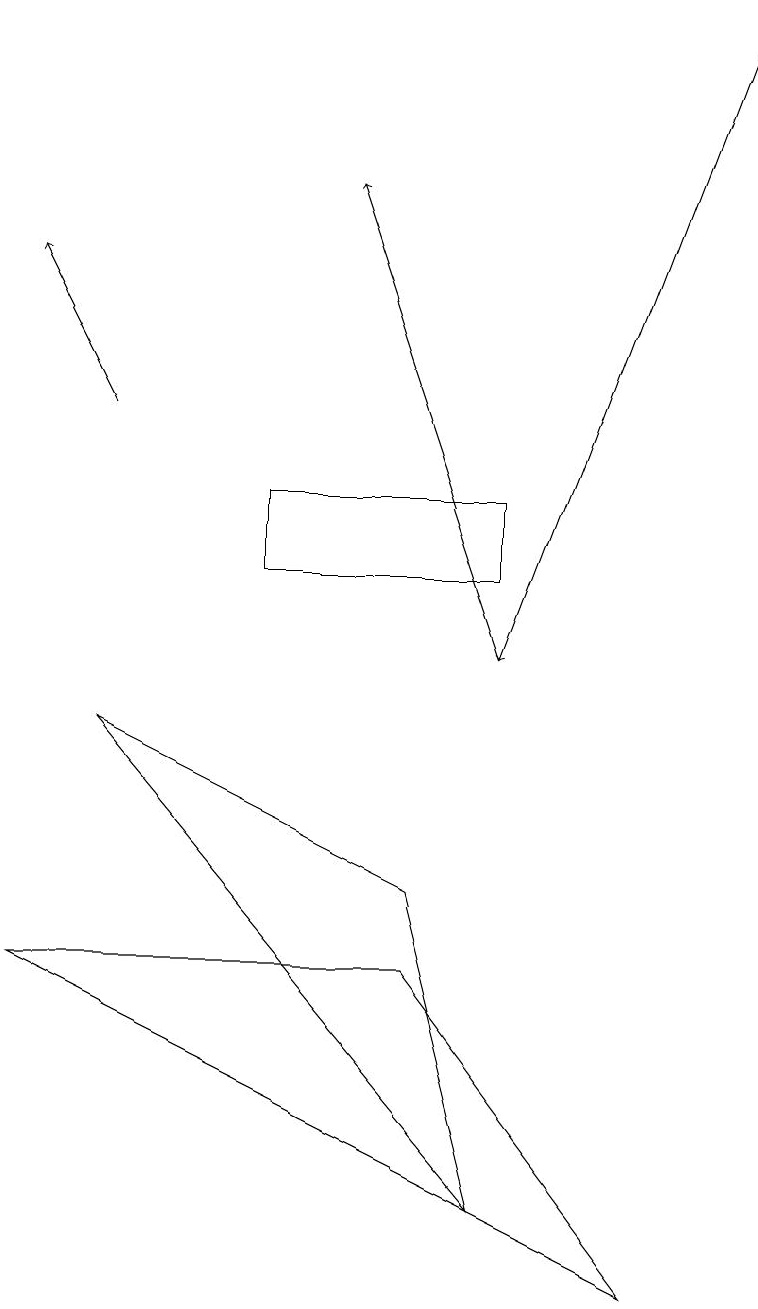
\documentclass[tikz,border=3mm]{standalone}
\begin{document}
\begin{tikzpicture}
\draw (6,11) rectangle (3,12);
\draw[->] (1,13) -- (0,15);
\draw (5,7) -- (1,9) -- (6,3) -- cycle;
\draw[->] (6,10) -- (4,16);
\draw (0,6) -- (8,2) -- (5,6) -- cycle;
\draw[->] (9,18) -- (6,10);
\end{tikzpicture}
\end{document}